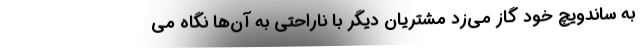
به ساندویچ خود گاز می‌زد مشتریان دیگر با ناراحتی به آن‌ها نگاه می